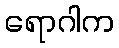
ရောဂါက